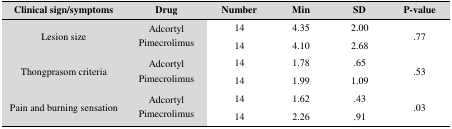
<table><thead><tr><td><b>Clinical sign/symptoms</b></td><td><b>Drug</b></td><td><b>Number</b></td><td><b>Min</b></td><td><b>SD</b></td><td><b>P-value</b></td></tr></thead><tbody><tr><td rowspan="2">Lesion size</td><td rowspan="2">AdcortylPimecrolimus</td><td>14</td><td>4.35</td><td>2.00</td><td rowspan="2">.77</td></tr><tr><td>14</td><td>4.10</td><td>2.68</td></tr><tr><td rowspan="2">Thongprasom criteria</td><td rowspan="2">AdcortylPimecrolimus</td><td>14</td><td>1.78</td><td>.65</td><td rowspan="2">.53</td></tr><tr><td>14</td><td>1.99</td><td>1.09</td></tr><tr><td rowspan="2">Pain and burning sensation</td><td rowspan="2">AdcortylPimecrolimus</td><td>14</td><td>1.62</td><td>.43</td><td rowspan="2">.03</td></tr><tr><td>14</td><td>2.26</td><td>.91</td></tr></tbody></table>